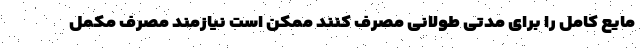
مایع کامل را برای مدتی طولانی مصرف کنند ممکن است نیازمند مصرف مکمل